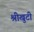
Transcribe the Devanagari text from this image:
श्रीखुटी